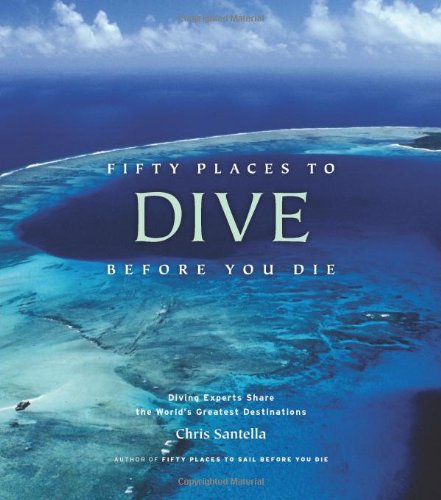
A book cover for Fifty Places to Dive Before You Die: Diving Experts Share the World's Greatest Destinations; Chris Santella; Sports & Outdoors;